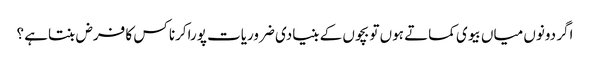
اگر دونوں میاں بیوی کماتے ہوں تو بچوں کے بنیادی ضروریات پوراکرنا کس کا فرض بنتاہے ؟